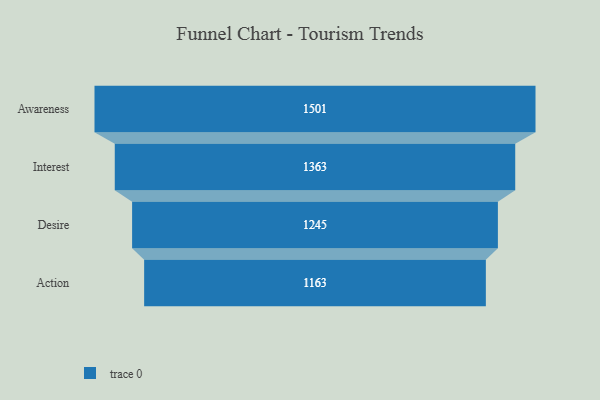
{"axis": {"x": "Stage", "y": "Value"}, "legend": [""], "data": [{"x": "Awareness", "y": 1501.0, "type": ""}, {"x": "Interest", "y": 1363.0, "type": ""}, {"x": "Desire", "y": 1245.0, "type": ""}, {"x": "Action", "y": 1163.0, "type": ""}]}